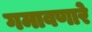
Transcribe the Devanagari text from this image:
गमावणारे